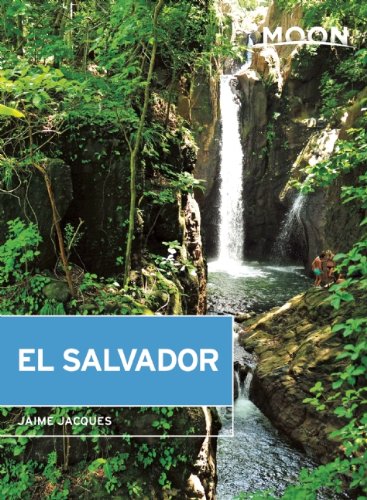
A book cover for Moon El Salvador (Moon Handbooks); Jaime Jacques; Travel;